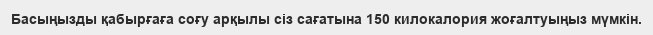
Басыңызды қабырғаға соғу арқылы сіз сағатына 150 килокалория жоғалтуыңыз мүмкін.